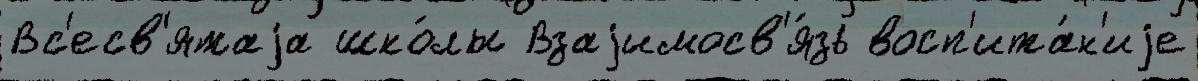
Вс'есв'ятаjа шко́лы Взаjимосв'я́зь восп'ита́н'иjе